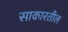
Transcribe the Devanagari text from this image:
साकारतील